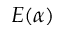
E ( \alpha )